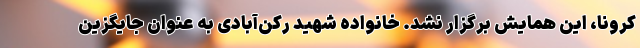
کرونا، این همایش برگزار نشد. خانواده شهید رکن‌آبادی به عنوان جایگزین